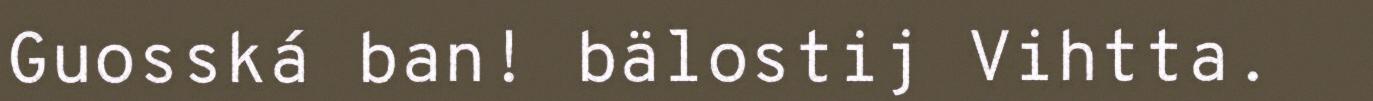
Guosská ban! bälostij Vihtta.